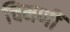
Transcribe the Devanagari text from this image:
चिमणीं